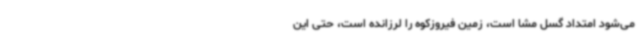
می‌شود امتداد گسل مشا است، زمین فیروزکوه را لرزانده است، حتی این